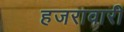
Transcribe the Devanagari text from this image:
हजरावारी